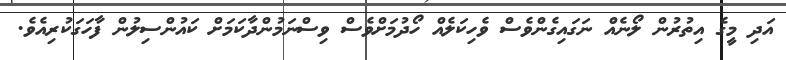
އަދި މީގެ އިތުރުން ލޯނެއް ނަގައިގެންވެސް ވެހިކަލެއް ހޯދުމަށްވެސް ވިސްނަމުންދާކަމަށް ކައުންސިލުން ފާހަގަކުރިއެވެ.